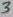
Text: 3